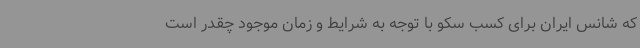
که شانس ایران برای کسب سکو با توجه به شرایط و زمان موجود چقدر است